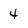
Character: 4